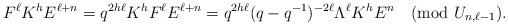
LaTeX: \begin{align*}F^\ell K^h E^{\ell+n}=q^{2h\ell} K^h F^\ell E^{\ell +n} =q^{2h\ell}(q-q^{-1})^{-2\ell}\Lambda^\ell K^h E^n \pmod{U_{n,\ell-1}}.\end{align*}